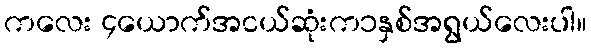
ကလေး ၄ယောက်အငယ်ဆုံးက၁နှစ်အရွယ်လေးပါ။